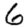
Digit: 6